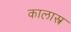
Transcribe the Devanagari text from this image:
कालास्त्र